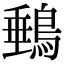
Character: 䳠